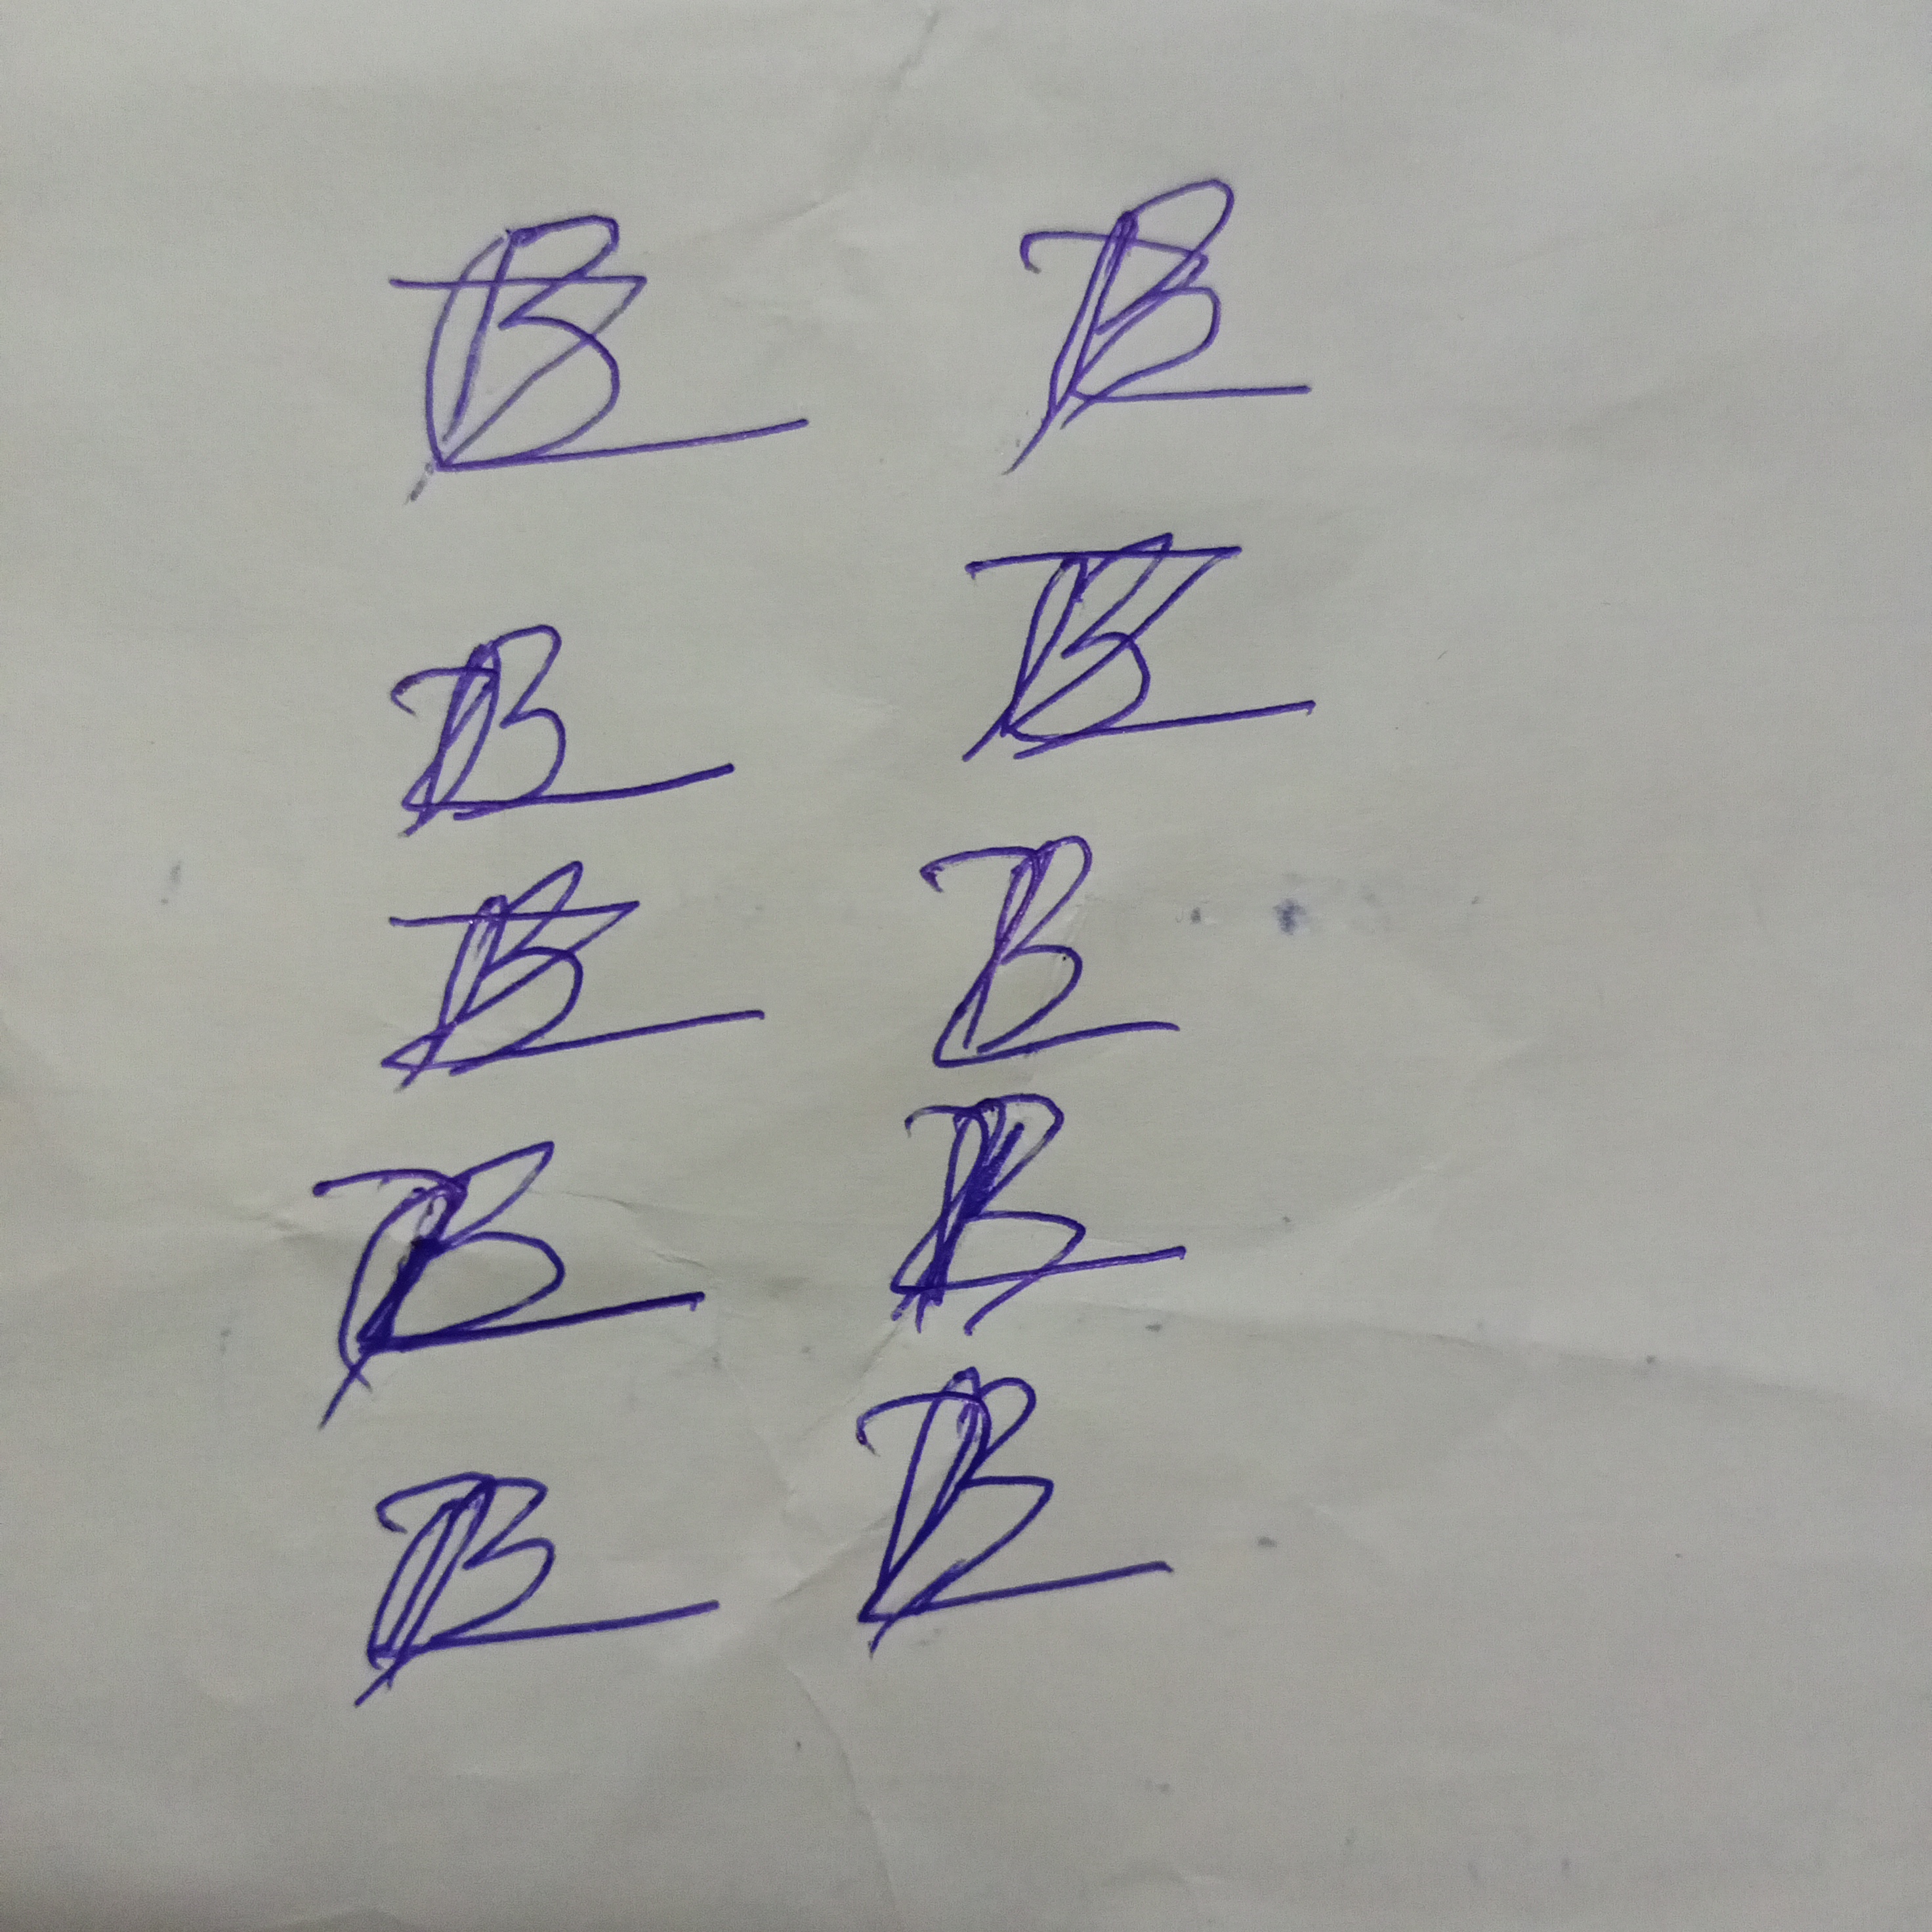
Signature authenticity: forged